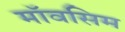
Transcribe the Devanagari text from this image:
मॉवसिम